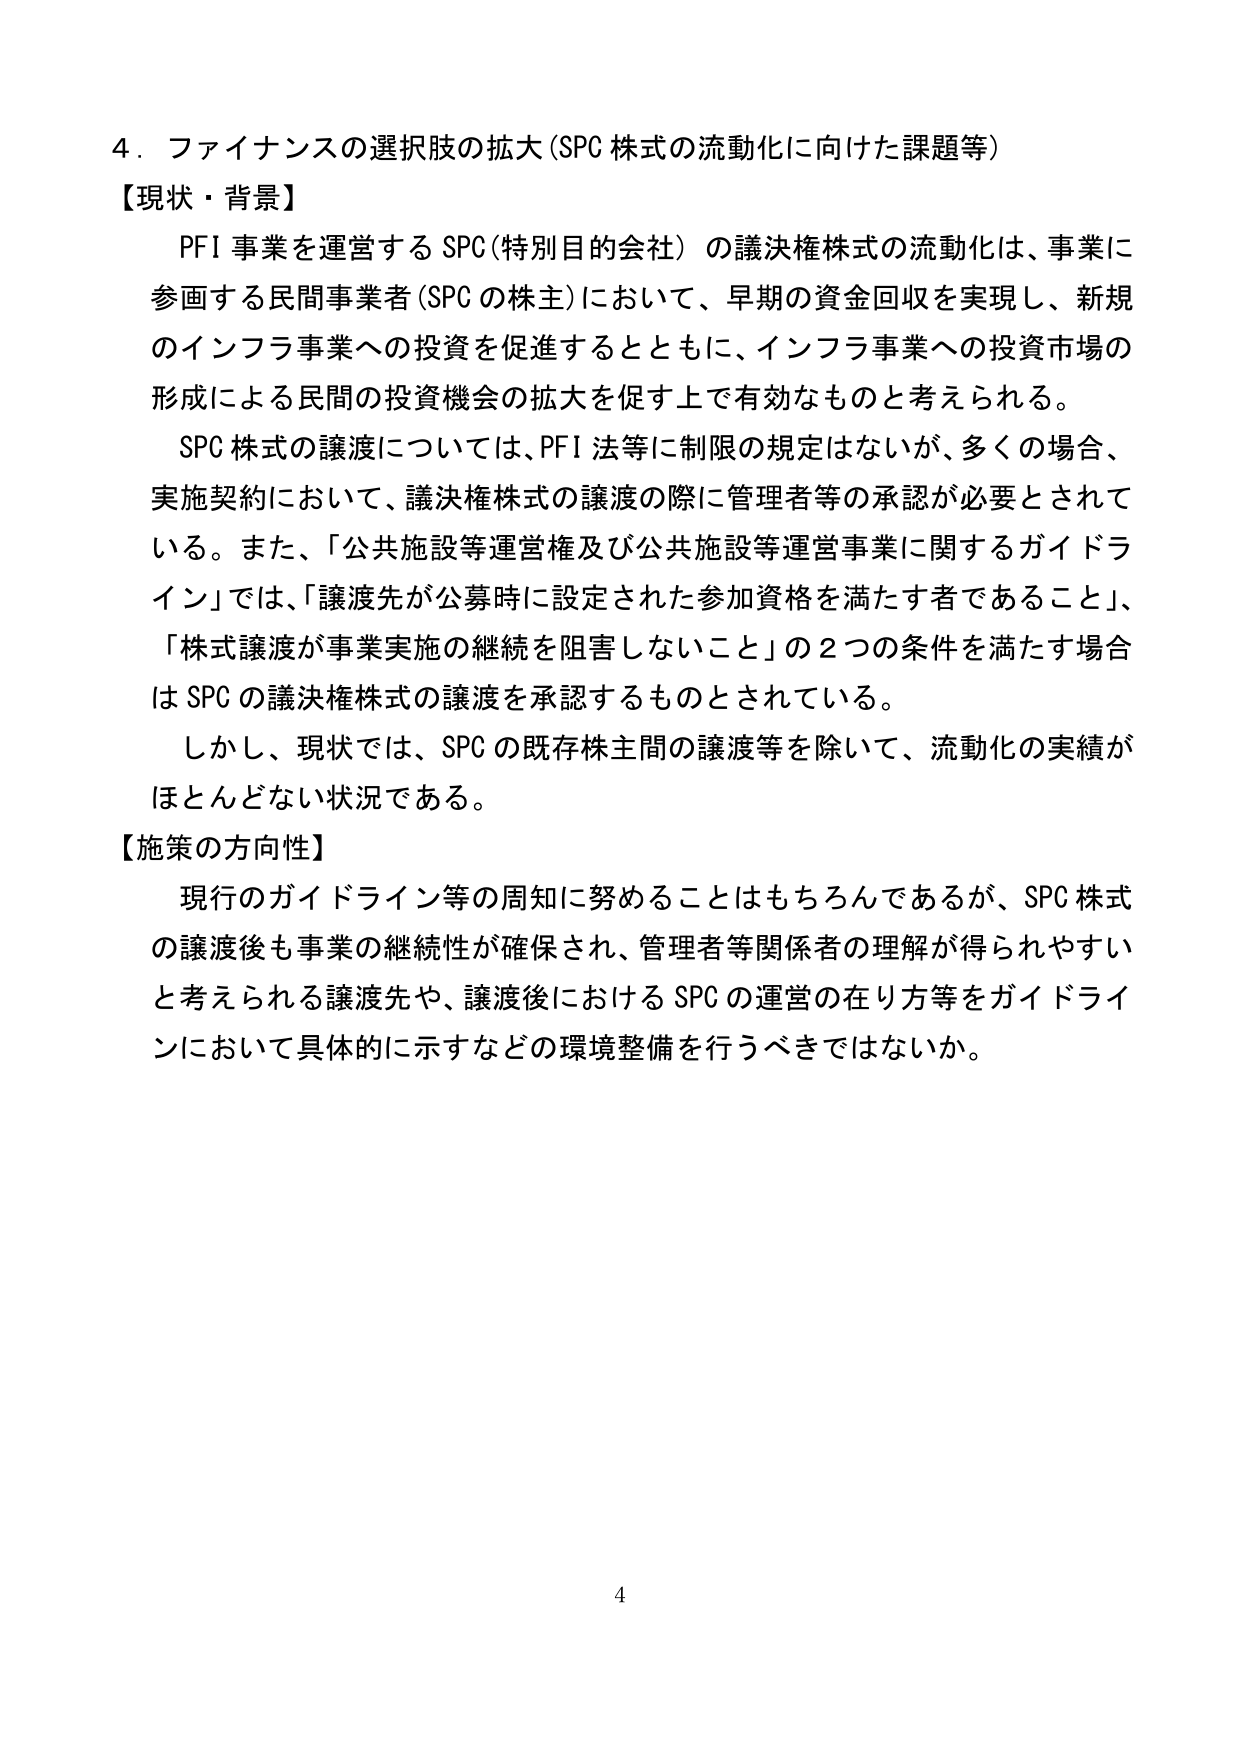
4．ファイナンスの選択肢の拡大（SPC株式の流動化に向けた課題等）

【現状・背景】

PFI事業を運営するSPC（特別目的会社）の議決権株式の流動化は、事業に参画する民間事業者（SPCの株主）において、早期の資金回収を実現し、新規のインフラ事業への投資を促進するとともに、インフラ事業への投資市場の形成による民間の投資機会の拡大を促す上で有効なものと考えられる。

SPC株式の譲渡については、PFI法等に制限の規定はないが、多くの場合、実施契約において、議決権株式の譲渡の際に管理者等の承認が必要とされている。また、「公共施設等運営権及び公共施設等運営事業に関するガイドライン」では、「譲渡先が公募時に設定された参加資格を満たす者であること」、「株式譲渡が事業実施の継続を阻害しないこと」の2つの条件を満たす場合はSPCの議決権株式の譲渡を承認するものとされている。

しかし、現状では、SPCの既存株主間の譲渡等を除いて、流動化の実績がほとんどない状況である。

【施策の方向性】

現行のガイドライン等の周知に努めることはもちろんであるが、SPC株式の譲渡後も事業の継続性が確保され、管理者等関係者の理解が得られやすいと考えられる譲渡先や、譲渡後におけるSPCの運営の在り方等をガイドラインにおいて具体的に示すなどの環境整備を行うべきではないか。

4